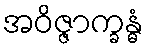
အဝိဇ္ဇာက္ခန္ဓံ